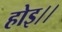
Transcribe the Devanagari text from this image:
होइ।।